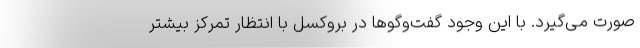
صورت می‌گیرد. با این وجود گفت‌و‌گوها در بروکسل با انتظار تمرکز بیشتر